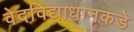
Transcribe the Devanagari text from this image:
वेदविद्याधानकडे